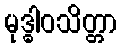
မုဒ္ဓါဝသိတ္တာ